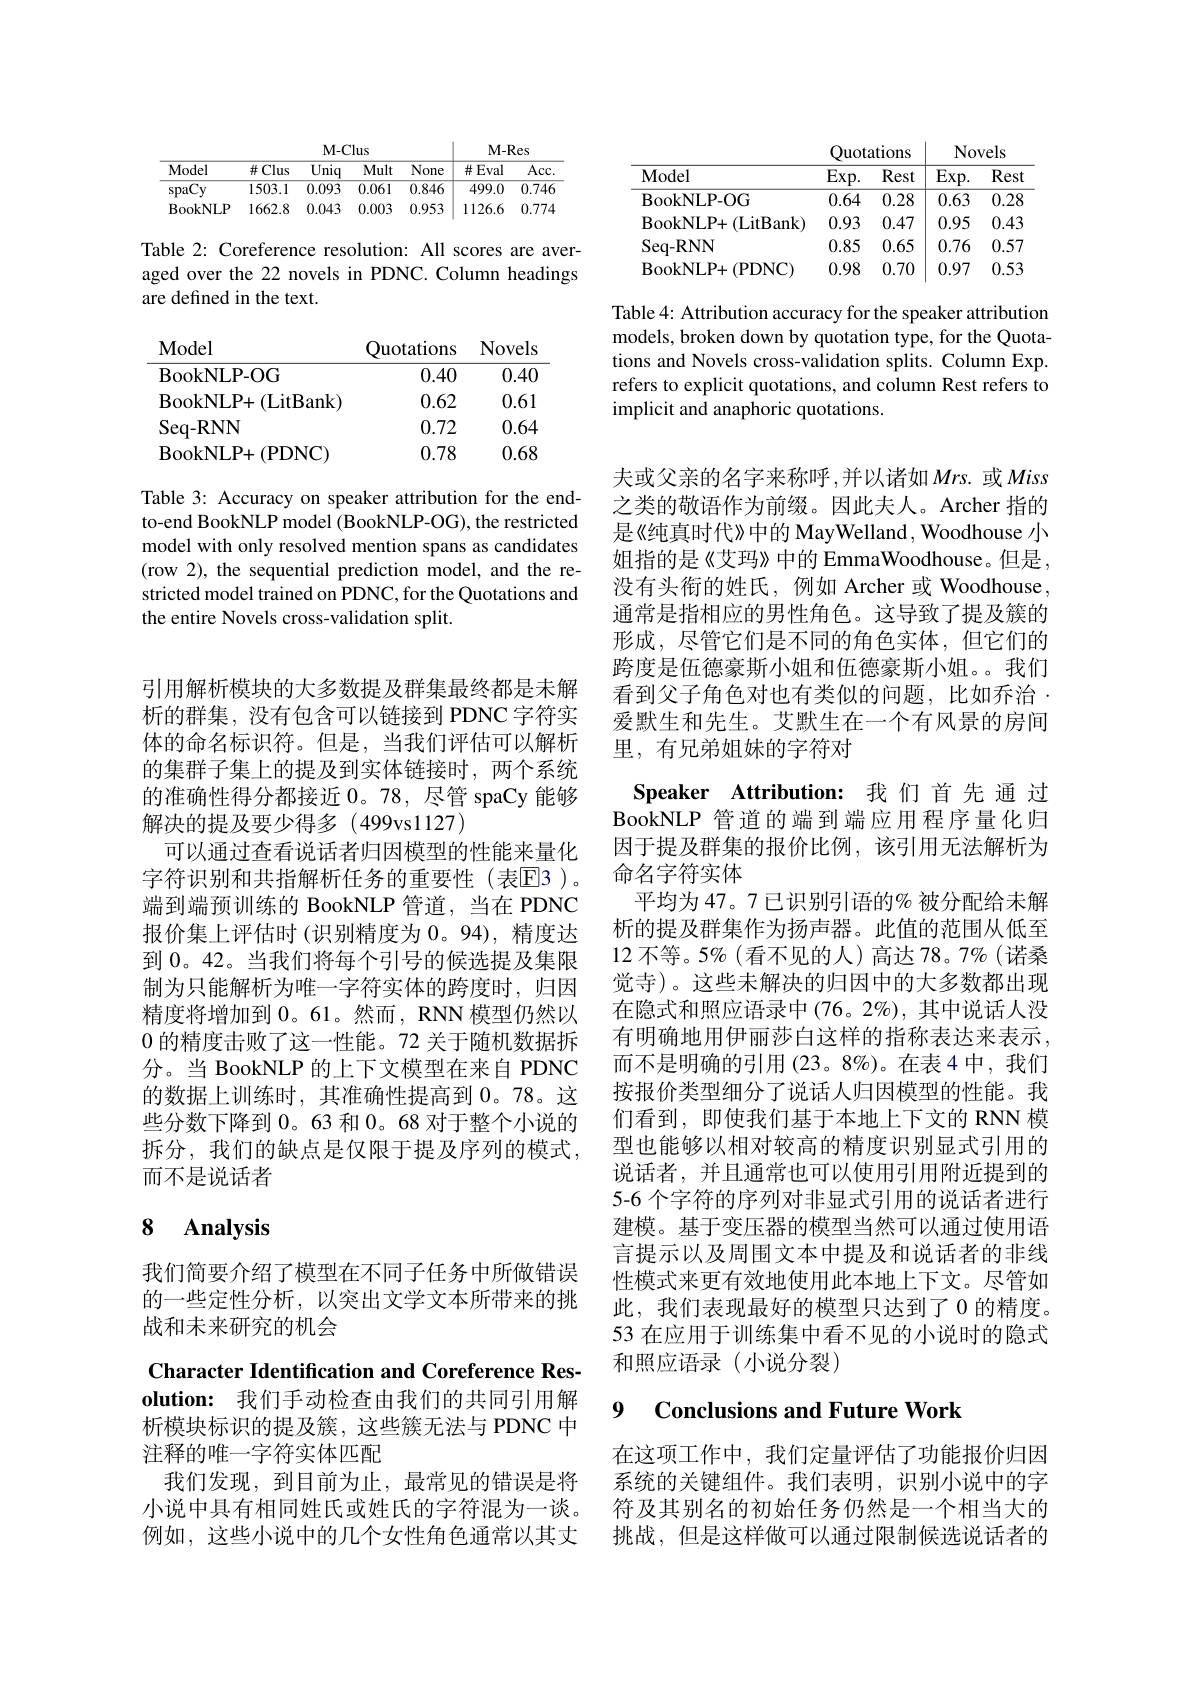
<table>
	<tbody>
		<tr>
			<th>Model</th>
			<th>$Exp.$</th>
			<th>Rest</th>
			<th>$Exp.$</th>
			<th>Rest</th>
		</tr>
		<tr>
			<td>BookNLP- OG</td>
			<td>0.64</td>
			<td>0.28</td>
			<td>0.63</td>
			<td>0.28</td>
		</tr>
		<tr>
			<td>BookNLP+ ( LitBank) </td>
			<td>0.93</td>
			<td>0.47</td>
			<td>0.95</td>
			<td>0.43</td>
		</tr>
		<tr>
			<td>Seq- RNN</td>
			<td>0.85</td>
			<td>0.65</td>
			<td>0.76</td>
			<td>0.57</td>
		</tr>
		<tr>
			<td>BookNLP+ ( PDNC) </td>
			<td>0.98</td>
			<td>0.70</td>
			<td>0.97</td>
			<td>0.53</td>
		</tr>
	</tbody>
</table>

Table 4: Attribution accuracy for the speaker attribution models, broken down by quotation type, for the Quotations and Novels cross-validation splits. Column Exp. refers to explicit quotations, and column Rest refers to implicit and anaphoric quotations.

<table>
	<tbody>
		<tr>
			<th rowspan="2">Model</th>
			<th colspan="4">M- Clus</th>
			<th colspan="2">$M-Res$</th>
		</tr>
		<tr>
			<th rowspan="1">$\#Clus$</th>
			<th>$\overline{\mathrm{Uniq}}$</th>
			<th>Mult</th>
			<th>None</th>
			<th>$\#Eval$</th>
			<th>Acc</th>
		</tr>
		<tr>
			<td>$_{\mathrm{l}}C_{\mathrm{y}}$ spa</td>
			<td>1503.1</td>
			<td>0.093</td>
			<td>0.061</td>
			<td>0.846</td>
			<td>499.0</td>
			<td>0.746</td>
		</tr>
		<tr>
			<td>BookNLP</td>
			<td>1662.8</td>
			<td>0.043</td>
			<td>0.003</td>
			<td>0.953</td>
			<td>1126.6</td>
			<td>0.774</td>
		</tr>
	</tbody>
</table>

Table 2: Coreference resolution: All scores are averaged over the 22 novels in PDNC. Column headings are defined in the text.

<table>
	<tbody>
		<tr>
			<th>Model</th>
			<th>Quotations</th>
			<th>Novels</th>
		</tr>
		<tr>
			<td>BookNLP- OG</td>
			<td>0.40</td>
			<td>0.40</td>
		</tr>
		<tr>
			<td>BookNLP+ ( LitBank) </td>
			<td>0.62</td>
			<td>0.61</td>
		</tr>
		<tr>
			<td>Seq- RNN</td>
			<td>0.72</td>
			<td>0.64</td>
		</tr>
		<tr>
			<td>BookNLP+ ( PDNC) </td>
			<td>0.78</td>
			<td>0.68</td>
		</tr>
	</tbody>
</table>

Table 3: Accuracy on speaker attribution for the endto-end BookNLP model (BookNLP-OG), the restricted model with only resolved mention spans as candidates (row 2), the sequential prediction model, and the restricted model trained on PDNC, for the Quotations and the entire Novels cross-validation split.

引用解析模块的大多数提及群集最终都是未解析的群集，没有包含可以链接到 PDNC 字符实体的命名标识符。但是，当我们评估可以解析的集群子集上的提及到实体链接时，两个系统的准确性得分都接近 0。78, 尽管 spaCy 能够解决的提及要少得多(499vs1127)
可以通过查看说话者归因模型的性能来量化字符识别和共指解析任务的重要性(表回3)。端到端预训练的 BookNLP 管道，当在 PDNC 报价集上评估时(识别精度为 0。94),精度达到 0。42。当我们将每个引号的候选提及集限制为只能解析为唯一字符实体的跨度时，归因精度将增加到0。61。然而，RNN 模型仍然以0的精度击败了这一性能。72 关于随机数据拆分。当 BookNLP 的上下文模型在来自 PDNC 的数据上训练时，其准确性提高到 0。78。这些分数下降到 0。63 和 0。68 对于整个小说的拆分，我们的缺点是仅限于提及序列的模式， 而不是说话者

# 8 Analysis

我们简要介绍了模型在不同子任务中所做错误的一些定性分析，以突出文学文本所带来的挑战和未来研究的机会

Character Identification and Coreference Resolution: 我们手动检查由我们的共同引用解析模块标识的提及簇，这些簇无法与 PDNC 中注释的唯一字符实体匹配
我们发现，到目前为止，最常见的错误是将小说中具有相同姓氏或姓氏的字符混为一谈。例如，这些小说中的几个女性角色通常以其丈

夫或父亲的名字来称呼，并以诸如$Mrs.$ 或 Miss 之类的敬语作为前缀。因此夫人。Archer 指的是《纯真时代》中的 MayWelland , Woodhouse 小姐指的是《艾玛》中的 EmmaWoodhouse。但是， 没有头衔的姓氏，例如 Archer 或 Woodhouse, 通常是指相应的男性角色。这导致了提及簇的形成，尽管它们是不同的角色实体，但它们的跨度是伍德豪斯小姐和伍德豪斯小姐。。我们看到父子角色对也有类似的问题，比如乔治· 爱默生和先生。艾默生在一个有风景的房间里，有兄弟姐妹的字符对

Speaker Attribution: 我们首先通过BookNLP 管道的端到端应用程序量化归因于提及群集的报价比例，该引用无法解析为命名字符实体
平均为 47。7 已识别引语的% 被分配给未解析的提及群集作为扬声器。此值的范围从低至12 不等。5% (看不见的人)高达 78。7%(诺桑觉寺)。这些未解决的归因中的大多数都出现在隐式和照应语录中(76。2%),其中说话人没有明确地用伊丽莎白这样的指称表达来表示， 而不是明确的引用 (23。8%)。在表 4 中，我们按报价类型细分了说话人归因模型的性能。我们看到，即使我们基于本地上下文的 RNN 模型也能够以相对较高的精度识别显式引用的说话者，并且通常也可以使用引用附近提到的5-6 个字符的序列对非显式引用的说话者进行建模。基于变压器的模型当然可以通过使用语言提示以及周围文本中提及和说话者的非线性模式来更有效地使用此本地上下文。尽管如此，我们表现最好的模型只达到了0 的精度。53 在应用于训练集中看不见的小说时的隐式和照应语录(小说分裂)

# 9 Conclusions and Future Work

在这项工作中，我们定量评估了功能报价归因系统的关键组件。我们表明，识别小说中的字符及其别名的初始任务仍然是一个相当大的挑战，但是这样做可以通过限制候选说话者的